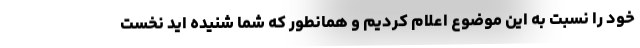
خود را نسبت به این موضوع اعلام کردیم و همانطور که شما شنیده اید نخست